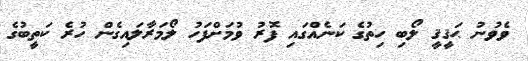
ވެވުނު ޙަޤީޤީ ލޯބި ހިތުގެ ކަނެއްގައި ފޮރު ވުމަށްފަހު ލޯމަރާލައިގެން ހުރެ ކަތީބުގެ